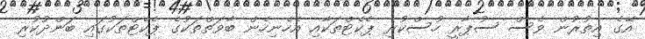
އޭގެ އިތުރުން ވެސް ސުޕާރީ ހުސްކުރި ޕެކެޓްތަކާއި އެހެނިހެން ބާވަތްތަކުގެ ޕެކެޓްތަކުގައި ބަންދުކުރި